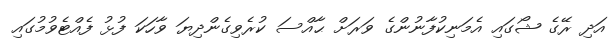
އަދި ރޭގެ ޝޯގައި އެމަނިކުފާނުންގެ ވަރަށް ޙާއްސަ ކުރެވިގެންދިޔަ ވާހަކަ ފުޅު ފެއްޓެވުމުގައި